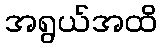
အရွယ်အထိ